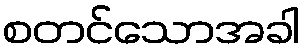
စတင်သောအခါ